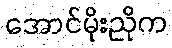
အောင်မိုးညိုက